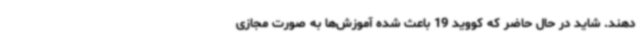
دهند. شاید در حال حاضر که کووید 19 باعث شده آموزش‌ها به صورت مجازی